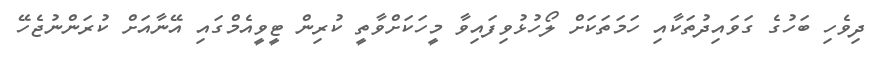
ދިވެހި ބަހުގެ ގަވައިދުތަކާއި ހަމަތަކަށް ލޯހުޅުވިފައިވާ މީހަކަށްވާތީ ކުރިން ޓީވީއެމްގައި އޭނާއަށް ކުރަންނުޖެހޭ